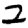
Digit: 2